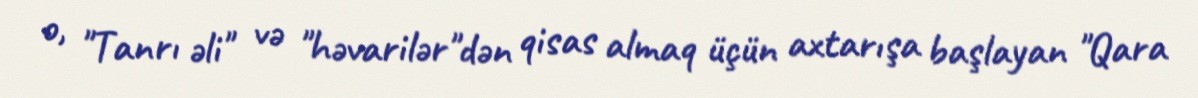
o, "Tanrı əli" və "həvarilər"dən qisas almaq üçün axtarışa başlayan "Qara